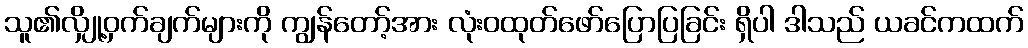
သူ၏လျှို့ဝှက်ချက်များကို ကျွန်တော့်အား လုံးဝထုတ်ဖော်ပြောပြခြင်း ရှိပါ ဒါသည် ယခင်ကထက်